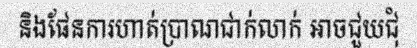
និងផែនការហាត់ប្រាណជាក់លាក់ អាចជួយជុំ